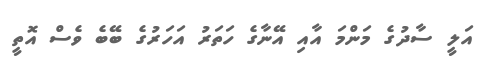
އަލީ ސާދުގެ މަންމަ އާއި އޭނާގެ ހަތަރު އަހަރުގެ ބޭބެ ވެސް އޮތީ